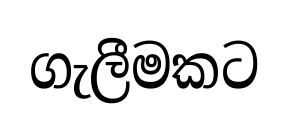
ගැලීමකට